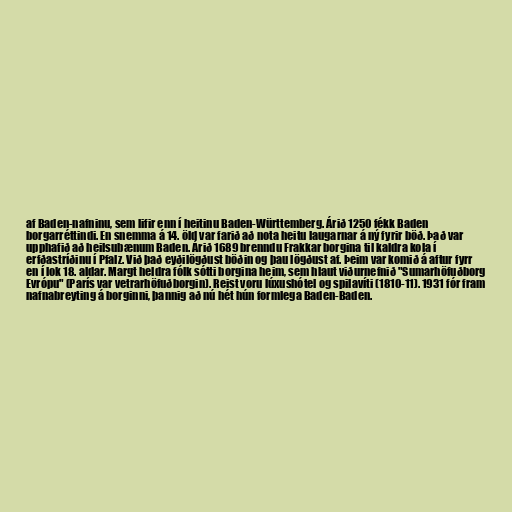
af Baden-nafninu, sem lifir enn í heitinu Baden-Württemberg. Árið 1250 fékk Baden
borgarréttindi. En snemma á 14. öld var farið að nota heitu laugarnar á ný fyrir böð. Það var
upphafið að heilsubænum Baden. Árið 1689 brenndu Frakkar borgina til kaldra kola í
erfðastríðinu í Pfalz. Við það eyðilögðust böðin og þau lögðust af. Þeim var komið á aftur fyrr
en í lok 18. aldar. Margt heldra fólk sótti borgina heim, sem hlaut viðurnefnið "Sumarhöfuðborg
Evrópu" (París var vetrarhöfuðborgin). Reist voru lúxushótel og spilavíti (1810-11). 1931 fór fram
nafnabreyting á borginni, þannig að nú hét hún formlega Baden-Baden.